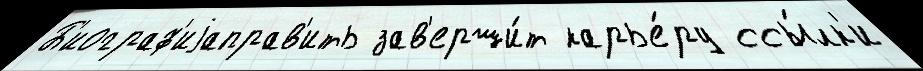
Б'иограф'иjаправ'ить зав'ерши́т карье́ру ссы́лк'и